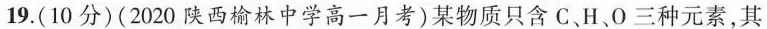
19.(10分)(2020陕西榆林中学高一月考)某物质只含C.H、O三种元素，其